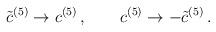
LaTeX: \begin{align*}{\tilde c}^{(5)} \rightarrow c^{(5)} \, ,\qquad c^{(5)} \rightarrow -{\tilde c}^{(5)} \, .\\\end{align*}